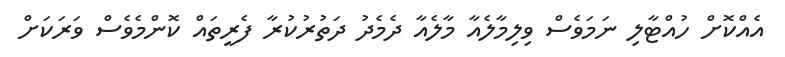
އެއްކޮށް ހުއްޓާލި ނަމަވެސް ވިލިމާލެއާ މާލެއާ ދެމެދު ދަތުރުކުރާ ފެރީތައް ކޮންމެވެސް ވަރަކަށް